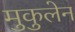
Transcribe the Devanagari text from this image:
मुकुलेन